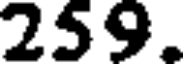
259.